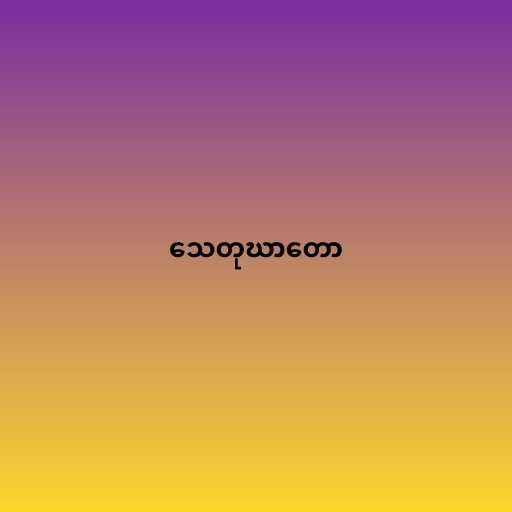
သေတုဃာတော